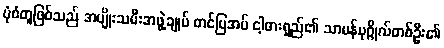
ပုံစံတူဖြစ်သည် အမျိုးသမီးအဖွဲ့ချုပ် တင်ပြအပ် ငါ့ဓားရှည်၏ သာမန်ပုဂ္ဂိုလ်တစ်ဦး၏